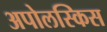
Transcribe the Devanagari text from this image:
अपोलस्किस